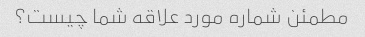
مطمئن شماره مورد علاقه شما چیست؟